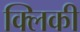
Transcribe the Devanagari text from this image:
क्लिकी